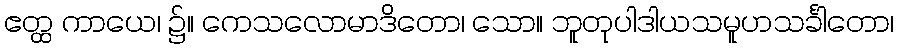
ဧတ္ထ ကာယေ၊ ၌။ ကေသလောမာဒိတော၊ သော။ ဘူတုပါဒါယသမူဟသင်္ခါတော၊